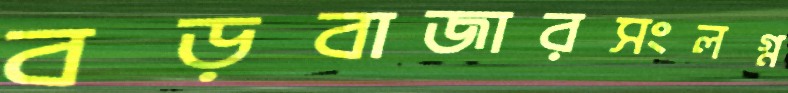
বড়বাজারসংলগ্ন